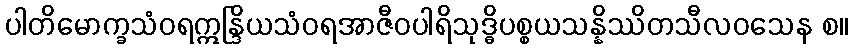
ပါတိမောက္ခသံဝရဣန္ဒြိယသံဝရအာဇီဝပါရိသုဒ္ဓိပစ္စယသန္နိဿိတသီလဝသေန စ။